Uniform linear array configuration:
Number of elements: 48
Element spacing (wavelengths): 0.5
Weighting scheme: hann
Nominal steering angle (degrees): -30
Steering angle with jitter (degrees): -31.611
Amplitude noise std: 0.05
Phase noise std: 0.05

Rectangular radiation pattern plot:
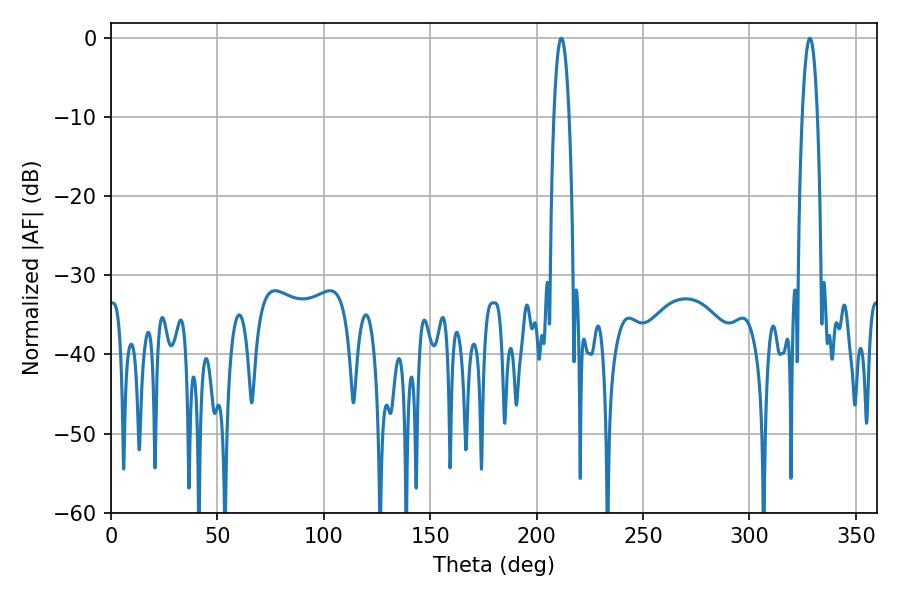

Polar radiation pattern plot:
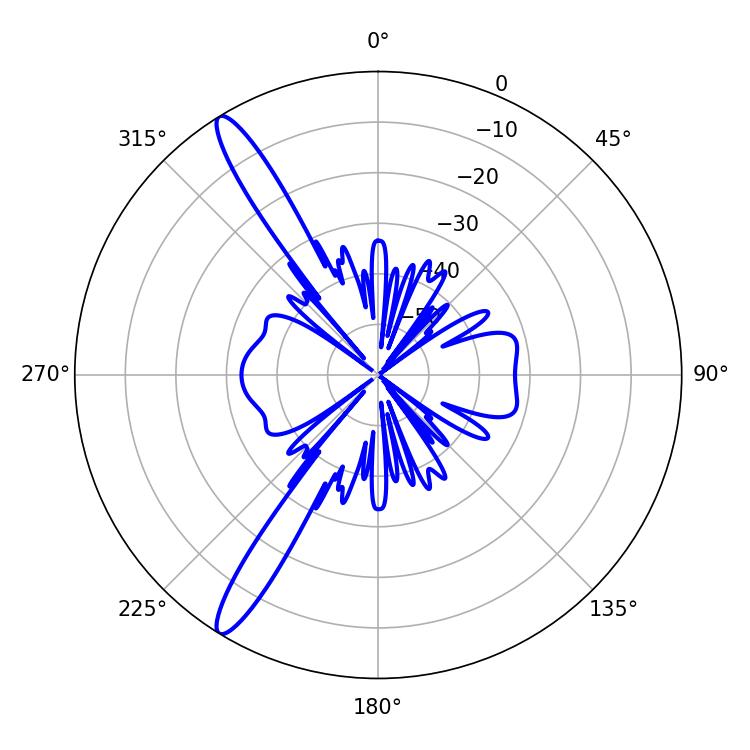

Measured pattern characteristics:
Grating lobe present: FALSE
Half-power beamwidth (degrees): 3.96
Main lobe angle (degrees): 328.32